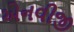
એનવીજી